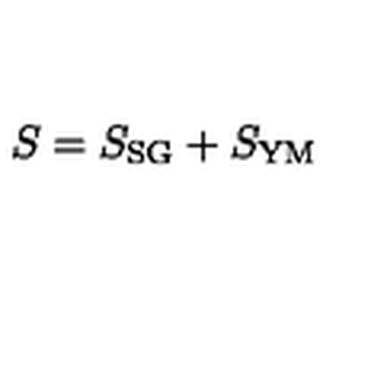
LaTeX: S = S _ { \mathrm { S G } } + S _ { \mathrm { Y M } }